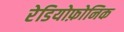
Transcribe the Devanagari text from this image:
रेडियोफ़ोनिक